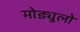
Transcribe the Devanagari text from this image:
मोड्युलो